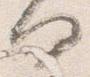
何